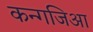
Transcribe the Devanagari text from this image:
कन्गजिआ